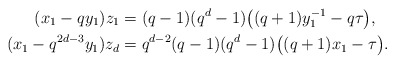
\begin{align*} (x_1 - q y_1) z_1 &= (q-1)(q^d-1) \big( (q+1) y_1^{-1} - q \tau \big), \\ (x_1- q^{2d-3} y_1) z_d &= q^{d-2} (q-1)(q^d-1) \big( (q+1) x_1 - \tau \big). \end{align*}